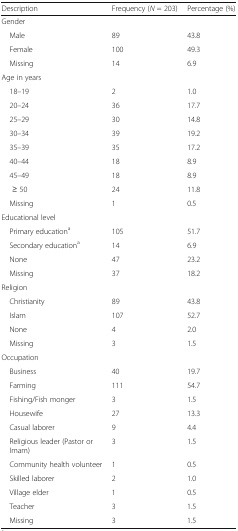
<table><thead><tr><td><b>Description</b></td><td><b>Frequency (<i>N</i> = 203)</b></td><td><b>Percentage (%)</b></td></tr></thead><tbody><tr><td colspan="3">Gender</td></tr><tr><td> Male</td><td>89</td><td>43.8</td></tr><tr><td> Female</td><td>100</td><td>49.3</td></tr><tr><td> Missing</td><td>14</td><td>6.9</td></tr><tr><td colspan="3">Age in years</td></tr><tr><td> 18–19</td><td>2</td><td>1.0</td></tr><tr><td> 20–24</td><td>36</td><td>17.7</td></tr><tr><td> 25–29</td><td>30</td><td>14.8</td></tr><tr><td> 30–34</td><td>39</td><td>19.2</td></tr><tr><td> 35–39</td><td>35</td><td>17.2</td></tr><tr><td> 40–44</td><td>18</td><td>8.9</td></tr><tr><td> 45–49</td><td>18</td><td>8.9</td></tr><tr><td>≥ 50</td><td>24</td><td>11.8</td></tr><tr><td> Missing</td><td>1</td><td>0.5</td></tr><tr><td colspan="3">Educational level</td></tr><tr><td> Primary education<sup>a</sup></td><td>105</td><td>51.7</td></tr><tr><td> Secondary education<sup>a</sup></td><td>14</td><td>6.9</td></tr><tr><td> None</td><td>47</td><td>23.2</td></tr><tr><td> Missing</td><td>37</td><td>18.2</td></tr><tr><td colspan="3">Religion</td></tr><tr><td> Christianity</td><td>89</td><td>43.8</td></tr><tr><td> Islam</td><td>107</td><td>52.7</td></tr><tr><td> None</td><td>4</td><td>2.0</td></tr><tr><td> Missing</td><td>3</td><td>1.5</td></tr><tr><td colspan="3">Occupation</td></tr><tr><td> Business</td><td>40</td><td>19.7</td></tr><tr><td> Farming</td><td>111</td><td>54.7</td></tr><tr><td> Fishing/Fish monger</td><td>3</td><td>1.5</td></tr><tr><td> Housewife</td><td>27</td><td>13.3</td></tr><tr><td> Casual laborer</td><td>9</td><td>4.4</td></tr><tr><td> Religious leader (Pastor or Imam)</td><td>3</td><td>1.5</td></tr><tr><td> Community health volunteer</td><td>1</td><td>0.5</td></tr><tr><td> Skilled laborer</td><td>2</td><td>1.0</td></tr><tr><td> Village elder</td><td>1</td><td>0.5</td></tr><tr><td> Teacher</td><td>3</td><td>1.5</td></tr><tr><td> Missing</td><td>3</td><td>1.5</td></tr></tbody></table>